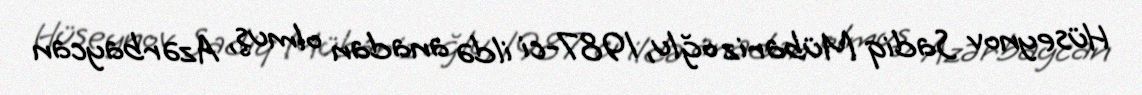
Hüseynov Sadiq Mübariz oğlu, 1987-ci ildə anadan olmuş, Azərbaycan